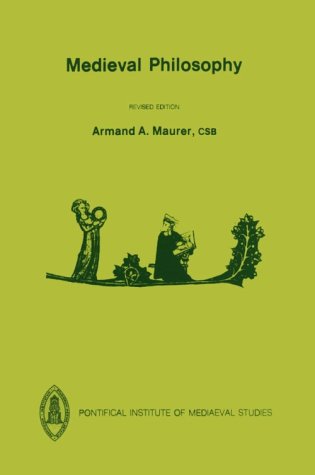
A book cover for Medieval Philosophy (Etienne Gilson Series); Armand A. Maurer; Politics & Social Sciences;